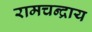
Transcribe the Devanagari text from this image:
रामचन्द्राय